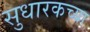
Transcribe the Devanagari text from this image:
सुधारकच्या